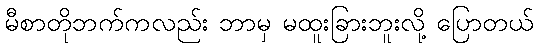
မီစာတိုဘက်ကလည်း ဘာမှ မထူးခြားဘူးလို့ ပြောတယ်